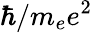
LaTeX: \hbar/m_{e}e^{2}